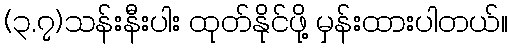
(၃.၇)သန်းနီးပါး ထုတ်နိုင်ဖို့ မှန်းထားပါတယ်။